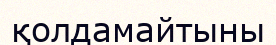
қолдамайтыны